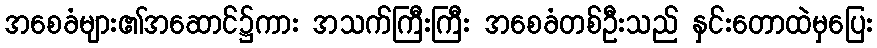
အစေခံများ၏အဆောင်၌ကား အသက်ကြီးကြီး အစေခံတစ်ဦးသည် နှင်းတောထဲမှပြေး